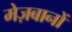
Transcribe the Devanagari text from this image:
मेज़बानों